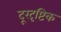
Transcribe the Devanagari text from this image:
दूरदृष्टिक